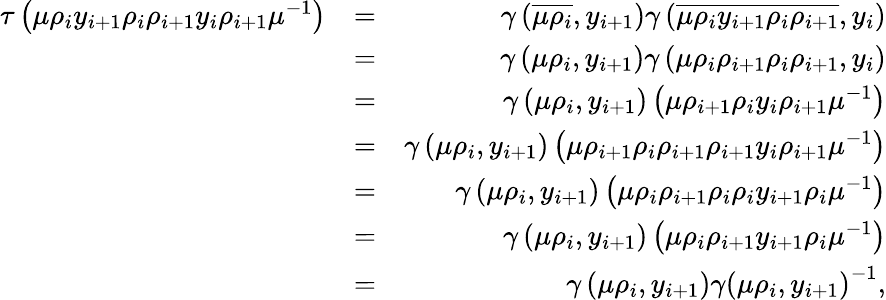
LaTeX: \begin{array}{rlr}{\tau\left(\mu\rho_{i}y_{i+1}\rho_{i}\rho_{i+1}y_{i}\rho_{i+1}\mu^{-1}\right)}&{=}&{\gamma\left(\overline{{\mu\rho_{i}}},y_{i+1}\right)\gamma\left(\overline{{\mu\rho_{i}y_{i+1}\rho_{i}\rho_{i+1}}},y_{i}\right)}\\ &{=}&{\gamma\left(\mu\rho_{i},y_{i+1}\right)\gamma\left(\mu\rho_{i}\rho_{i+1}\rho_{i}\rho_{i+1},y_{i}\right)}\\ &{=}&{\gamma\left(\mu\rho_{i},y_{i+1}\right)\left(\mu\rho_{i+1}\rho_{i}y_{i}\rho_{i+1}\mu^{-1}\right)}\\ &{=}&{\gamma\left(\mu\rho_{i},y_{i+1}\right)\left(\mu\rho_{i+1}\rho_{i}\rho_{i+1}\rho_{i+1}y_{i}\rho_{i+1}\mu^{-1}\right)}\\ &{=}&{\gamma\left(\mu\rho_{i},y_{i+1}\right)\left(\mu\rho_{i}\rho_{i+1}\rho_{i}\rho_{i}y_{i+1}\rho_{i}\mu^{-1}\right)}\\ &{=}&{\gamma\left(\mu\rho_{i},y_{i+1}\right)\left(\mu\rho_{i}\rho_{i+1}y_{i+1}\rho_{i}\mu^{-1}\right)}\\ &{=}&{\gamma\left(\mu\rho_{i},y_{i+1}\right)\gamma\left(\mu\rho_{i},y_{i+1}\right)^{-1},}\end{array}